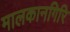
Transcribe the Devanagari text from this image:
मालकानगिरि